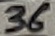
Text: 36